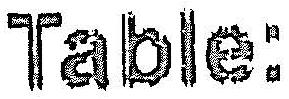
TABLE: